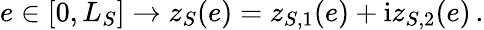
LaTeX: e\in[0,L_{S}]\to z_{S}(e)=z_{S,1}(e)+\mathrm{i}z_{S,2}(e)\, .